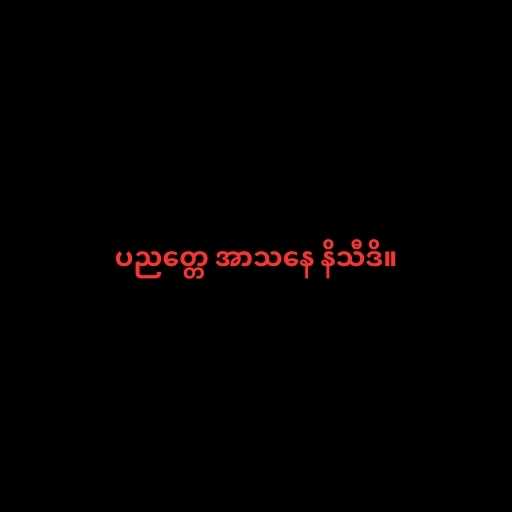
ပညတ္တေ အာသနေ နိသီဒိ။